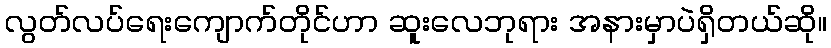
လွတ်လပ်ရေးကျောက်တိုင်ဟာ ဆူးလေဘုရား အနားမှာပဲရှိတယ်ဆို။